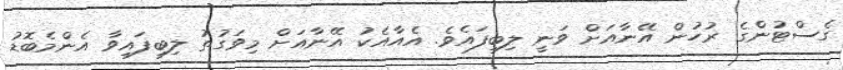
ގެސްޓުންގެ ރުހުން އޭނާއަށް ވަނީ ލިބިފައެވެ. އެއާއެކު އޭނާއަށް މިވަގުތު ލިބިފައިވާ އެންމެބޮޑު